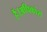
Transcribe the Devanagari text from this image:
हैं।अधिकांश